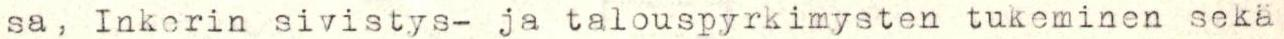
sa, Inkerin sivistys- ja talouspyrkimysten tukeminen sekä